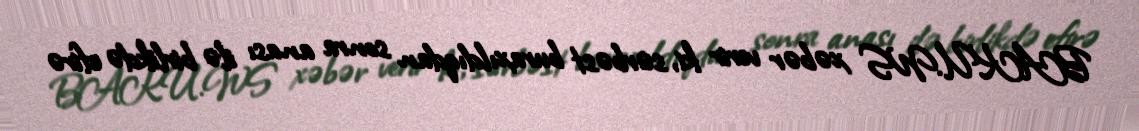
BAKU.WS xəbər verir ki, sərbəst buraxıldıqdan sonra anası ilə birlikdə efirə